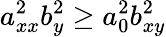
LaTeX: a_{xx}^{2}b_{y}^{2}\geq a_{0}^{2}b_{xy}^{2}